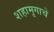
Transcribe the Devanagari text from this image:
शहामृगाचे